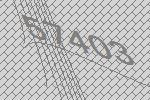
57403